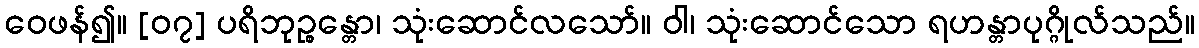
ဝေဖန်၍။ [၀၇] ပရိဘုဉ္စန္တော၊ သုံးဆောင်လသော်။ ဝါ၊ သုံးဆောင်သော ရဟန္တာပုဂ္ဂိုလ်သည်။